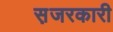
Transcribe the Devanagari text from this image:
स़जरकारी